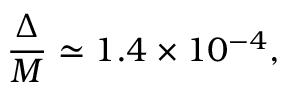
\frac { \Delta } { M } \simeq 1 . 4 \times 1 0 ^ { - 4 } ,